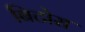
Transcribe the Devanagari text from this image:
बिटोरा